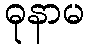
ဓုနာမ